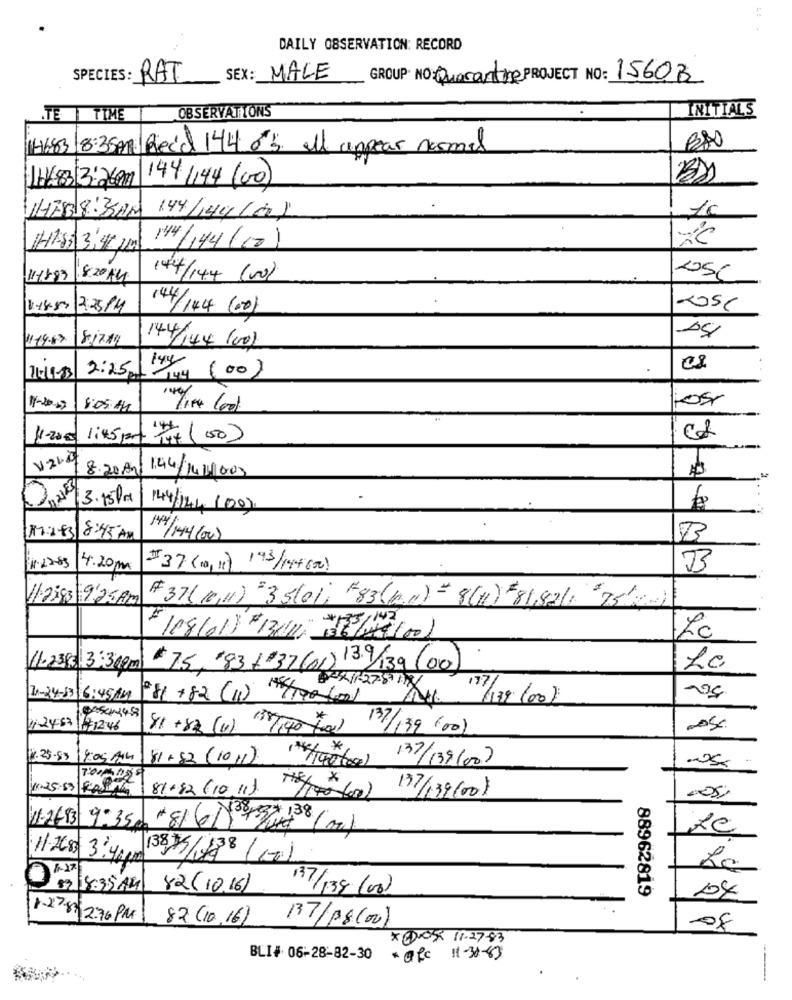
DAILY OBSERVATION: RECORD
SPECIES: RAT
SEX: MALE
GROUP. NO: Quarantine PROJECT NO: 15608
OBSERVATIONS
INITIALS
.TE | TIME
14683 8:35Am Reid 144 0' all appear nosmal
144 144 (00)
HESS 8:33PM
1c
144/144 (0)
Hiss 3:40 pm
14 /144 (10)
1.1899
8:20 AM
144/144 (vo)
1.48-50 2:25/4
144/144 (00)
205C
11.14-57
144/144 (00)
2:25
144
(00)
08
11/1-3
:05 44
4-200
1:45 prt Txt (50)
V-2140
8.20Am 1.44/144003
..
3.15PM
144/14/100)
17:2.83|8:45 AM
F1-22-83
4.20m
I 37 (10, 11) 193/199600)
M
11.2:93/19:25 Am
#37(10,11) 35/01; "83(0.1) =8(41) 81,82/1 "75")
Lc
# 108/01) "13/11, 16/04 /00)
$75, 83 +37(01) 13.9/30
11.2385 3:30pm
/139 (00)
Le
+49 1-27-8 RX
177/
41-24-83 6:45AM
281 +82 (1)
/139 (00)
4.2453 1712:46
41+83 (4) 17140 From) 137/139 (00)
1.25-83
9:05AM
81+52(1011)
137/139(00)
1.25-53 RANG
81+82 (10 11)
7170-(00)
137/139(00)
.05%
# 81 61 1015/ 138
11-26-83 9:35
3875/1138
11:2680 3:40 0M
82/18:35 AM
82(10.16)
137/139 (00)
88962819
1278 270 PM
82 (10.16)
137/08(00)
-08
* COSA 11.27-83
BLI# 06-28-82-30
Ofc 11-30-83